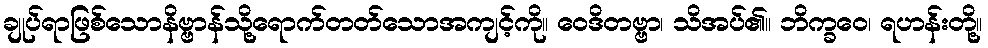
ချုပ်ရာဖြစ်သောနိဗ္ဗာန်သို့ရောက်တတ်သောအကျင့်ကို။ ဝေဒိတဗ္ဗာ၊ သိအပ်၏။ ဘိက္ခဝေ၊ ရဟန်းတို့။